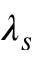
\lambda _ { s }